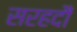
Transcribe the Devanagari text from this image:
सरहदौं